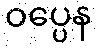
ဝပ္ပေန